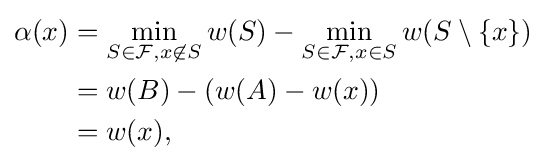
{\begin{aligned}\alpha (x)&=\min _{S\in {\mathcal {F}},x\not \in S}w(S)-\min _{S\in {\mathcal {F}},x\in S}w(S\setminus \{x\})\\&=w(B)-(w(A)-w(x))\\&=w(x),\end{aligned}}